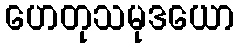
ဟေတုသမုဒယော